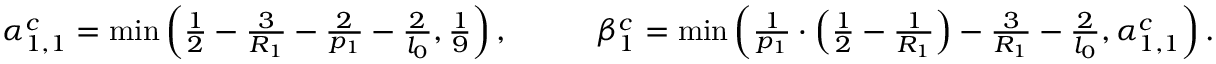
\begin{array} { r l r l } { \alpha _ { 1 , 1 } ^ { c } = \operatorname* { m i n } \left( \frac { 1 } { 2 } - \frac { 3 } { R _ { 1 } } - \frac { 2 } { p _ { 1 } } - \frac { 2 } { l _ { 0 } } , \frac { 1 } { 9 } \right) , } & { } & & { \beta _ { 1 } ^ { c } = \operatorname* { m i n } \left( \frac { 1 } { p _ { 1 } } \cdot \left( \frac { 1 } { 2 } - \frac { 1 } { R _ { 1 } } \right) - \frac { 3 } { R _ { 1 } } - \frac { 2 } { l _ { 0 } } , \alpha _ { 1 , 1 } ^ { c } \right) . } \end{array}